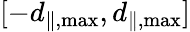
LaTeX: [-d_{\parallel,\operatorname*{max}},d_{\parallel,\operatorname*{max}}]